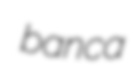
banca